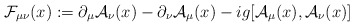
\begin{align*}{\cal F}_{\mu\nu}(x) := \partial_\mu {\cal A}_\nu(x) - \partial_\nu {\cal A}_\mu(x) - ig [{\cal A}_\mu(x), {\cal A}_\nu(x)]\end{align*}